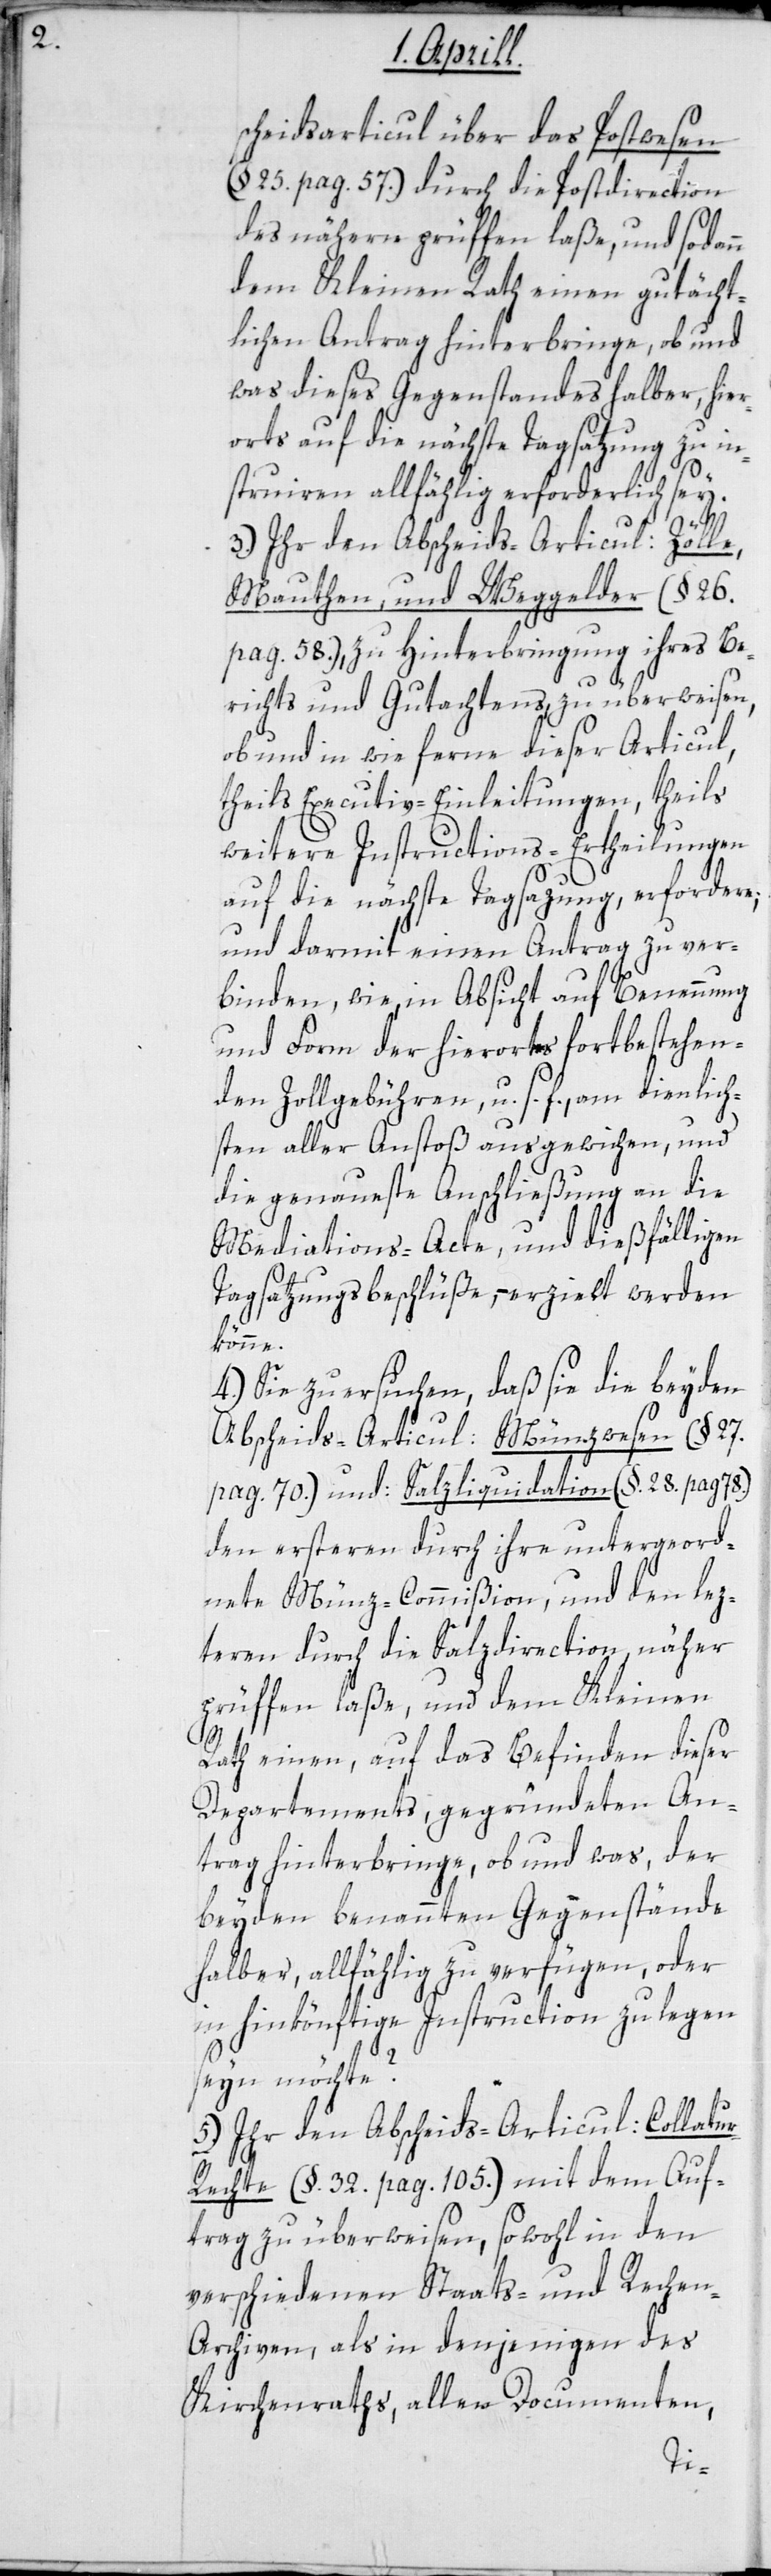
scheidsarticul über das Postwesen
(§ 25. pag. 57.) durch die Postdirection
des nähern prüfen laße, und sodann
dem Kleinen Rath einen gutächt¬
lichen Antrag hinterbringe, ob und
was dieses Gegenstandes halber, hier¬
orts auf die nächste Tagsatzung zu in¬
struiren allfählig erforderlich sey.
3.) Ihr den Abscheids-Articul: Zölle,
Mauthen und Weggelder (§ 26.
pag. 58.), zu Hinterbringung ihres Be¬
richts und Gutachtens, zu überweisen,
ob und in wie ferne dieser Articul,
theils Executiv-Einleitungen, theils
weitere Instructions-Ertheilungen
auf die nächste Tagsazung, erfordere;,
und darmit einen Antrag zu ver¬
binden, wie in Absicht auf Benennung
und Form der hierorts fortbestehen¬
den Zollgebühren, u. s. f., am dienlich¬
sten aller Anstoß ausgewichen, und
die genaueste Anschließung an die
Mediations-Acte und dießfälligen
Tagsatzungsbeschlüße, – erzielt werden
könne.
4.) Sie zu ersuchen, daß sie die beyden
Abscheids-Articul Münzwesen (§ 27.
pag. 70.) und: Salzliquidation (§ 28. pag. 78.)
den ersteren durch ihre untergeord¬
nete Münz-Commißion, und den lez¬
teren durch die Salzdirection, näher
prüffen laße, und dem Kleinen
Rath einen, auf das Befinden dieser
Departements, gegründeten An¬
trag hinterbringe, ob und was, der
beyden benannten Gegenstände
halber, allfählig zu verfügen, oder
in Hinkönftige Instruction zu legen
seyn möchte?
5.) Ihr den Abscheids-Articul: Collatu¬
r-Rechte (§ 32. pag. 105.) mit dem Auf¬
trag zu überweisen, sowohl in den
verschiedenen Staats- und Rechen-A¬
rchiven, als in denjenigen des
Kirchenraths, allen Documenten,